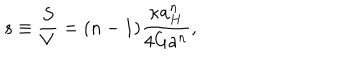
s \equiv { \frac { S } { V } } = ( n - 1 ) { \frac { \kappa a _ { H } ^ { n } } { 4 G a ^ { n } } } ,